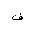
Letter: _fa